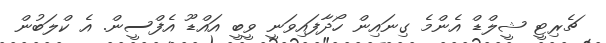
ޗެރިޓީ ޝީލްޑް އެންމެ ގިނައިން ހޯދާފައިވަނީ ވީބީ އައްޑޫ އެފްސީން. އެ ކްލަބުން